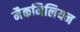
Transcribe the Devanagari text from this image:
मैकमिलियन